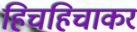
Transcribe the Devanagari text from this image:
हिचहिचाकर